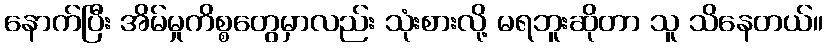
နောက်ပြီး အိမ်မှုကိစ္စတွေမှာလည်း သုံးစားလို့ မရဘူးဆိုတာ သူ သိနေတယ်။